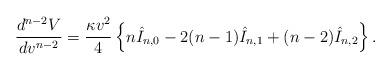
LaTeX: \begin{align*} \frac{d^{n-2}V}{dv^{n-2}}=\frac{\kappa v^2}{4}\left\{n\hat{I}_{n,0}-2(n-1)\hat{I}_{n,1}+(n-2)\hat{I}_{n,2}\right\}.\end{align*}